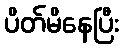
ပိတ်မိနေပြီး